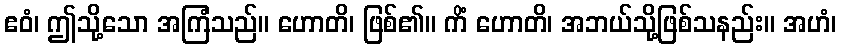
ဧဝံ၊ ဤသို့သော အကြံသည်။ ဟောတိ၊ ဖြစ်၏။ ကိံ ဟောတိ၊ အဘယ်သို့ဖြစ်သနည်း။ အဟံ၊